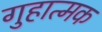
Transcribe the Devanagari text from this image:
गुहात्मक